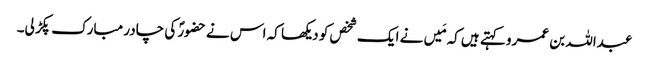
عبداللہ بن عمرو کہتے ہیں کہ مَیں نے ایک شخص کو دیکھا کہ اس نے حضورؐ کی چادر مبارک پکڑ لی۔